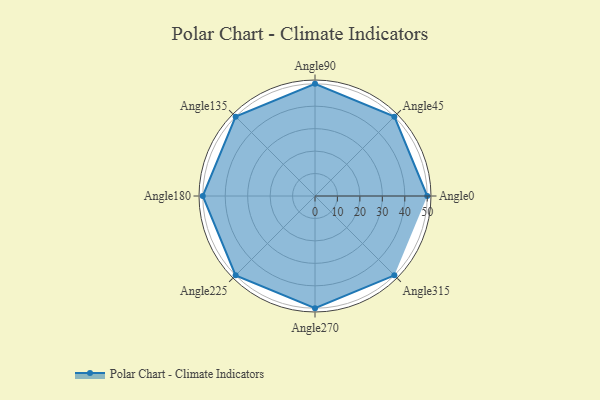
{"axis": {"x": "Angle", "y": "Radius"}, "legend": [""], "data": [{"x": "Angle0", "y": 50, "type": ""}, {"x": "Angle45", "y": 50, "type": ""}, {"x": "Angle90", "y": 50, "type": ""}, {"x": "Angle135", "y": 50, "type": ""}, {"x": "Angle180", "y": 50, "type": ""}, {"x": "Angle225", "y": 50, "type": ""}, {"x": "Angle270", "y": 50, "type": ""}, {"x": "Angle315", "y": 50, "type": ""}]}